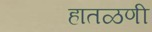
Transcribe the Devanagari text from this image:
हातळणी